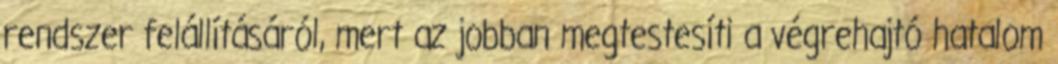
rendszer felállításáról, mert az jobban megtestesíti a végrehajtó hatalom